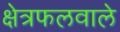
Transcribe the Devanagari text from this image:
क्षेत्रफलवाले